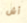
آش